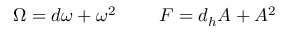
\Omega = d \omega + \omega ^ { 2 } \ \ \ \ \ \ \ F = d _ { h } A + A ^ { 2 }